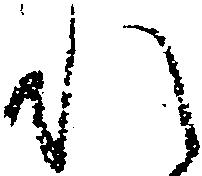
れ